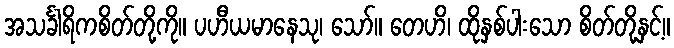
အသင်္ခါရိကစိတ်တို့ကို။ ပဟီယမာနေသု၊ သော်။ တေဟိ၊ ထိုနှစ်ပါးသော စိတ်တို့နှင့်။